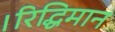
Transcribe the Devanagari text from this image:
।रिद्धिमान